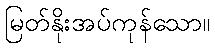
မြတ်နိုးအပ်ကုန်သော။